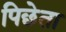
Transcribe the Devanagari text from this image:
पिछेता